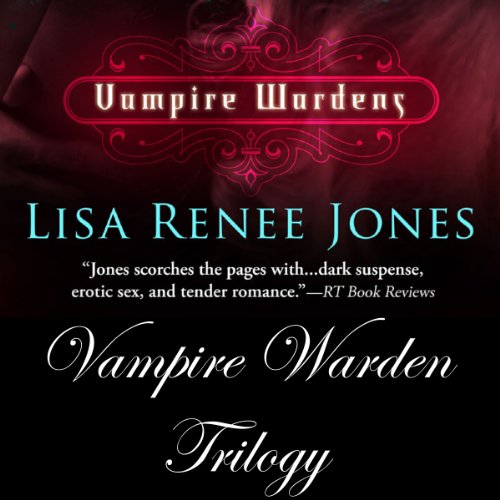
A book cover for The Vampire Wardens: The Collection; Lisa Renee Jones; Romance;